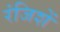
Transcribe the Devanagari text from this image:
रंजिशें